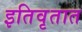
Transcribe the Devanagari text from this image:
इतिवृतात